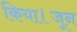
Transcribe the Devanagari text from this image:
किया।जून